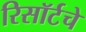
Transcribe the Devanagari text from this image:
रिसॉर्टचे